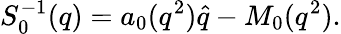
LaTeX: S_{0}^{-1}(q)=a_{0}(q^{2})\hat{q}-M_{0}(q^{2}).